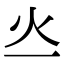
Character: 𤆂